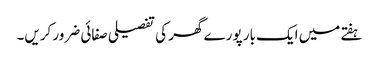
ہفتے میں ایک بار پورے گھر کی تفصیلی صفائی ضرور کریں۔